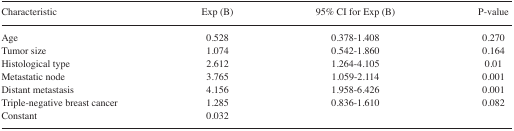
| Characteristic | Exp (B) | 95% CI for Exp (B) | P-value |
 | --- | --- | --- | --- |
 | Age | 0.528 | 0.378–1.408 | 0.270 |
 | Tumor size | 1.074 | 0.542–1.860 | 0.164 |
 | Histological type | 2.612 | 1.264–4.105 | 0.01 |
 | Metastatic node | 3.765 | 1.059–2.114 | 0.001 |
 | Distant metastasis | 4.156 | 1.958–6.426 | 0.001 |
 | Triple-negative breast cancer | 1.285 | 0.836–1.610 | 0.082 |
 | Constant | 0.032 |  |  |